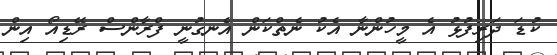
ކުޑަ ދަރިފުޅު އެ މީހުންނާ އެކު ނެތްކަން އެނގުނީ ފްރާންސް ރޭޑިއޯ އިން